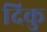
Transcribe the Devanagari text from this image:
दिकु